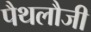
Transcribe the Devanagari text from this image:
पैथलौजी